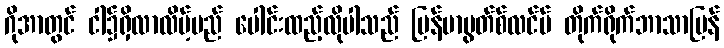
ဂိုအာတွင် ငါ၌ရှိလာလိမ့်မည် ပေါင်းထည့်လိုပါသည် မြန်မာမွတ်စ်လင်မ် တိုက်ရိုက်ဘာသာပြန်